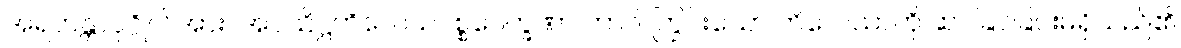
အရဟန္တာပုဂ္ဂိုလ်အား။ အဝသိဋ္ဌကိလေသပစ္စဝေက္ခဏာ ဘာဝါ ကြွင်းသော ကိလေသာကို ဆင်ခြင်ခြင်းမရှိသည်၏